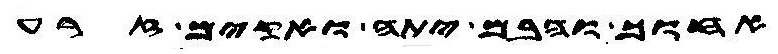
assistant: אחוך והבם יתה ואקים זרע